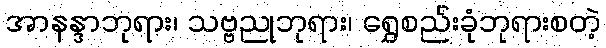
အာနန္ဒာဘုရား၊ သဗ္ဗညုဘုရား၊ ရွှေစည်းခုံဘုရားစတဲ့